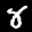
Label: 8